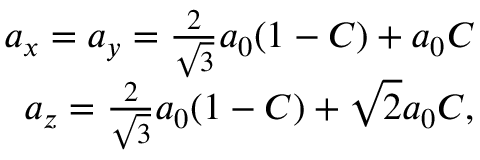
\begin{array} { r } { a _ { x } = a _ { y } = \frac { 2 } { \sqrt { 3 } } a _ { 0 } ( 1 - C ) + a _ { 0 } C } \\ { a _ { z } = \frac { 2 } { \sqrt { 3 } } a _ { 0 } ( 1 - C ) + \sqrt { 2 } a _ { 0 } C , } \end{array}